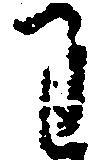
わ